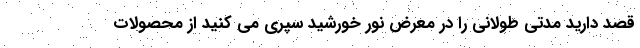
قصد دارید مدتی طولانی را در معرض نور خورشید سپری می کنید از محصولات